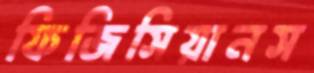
ফিজিসিয়ানস